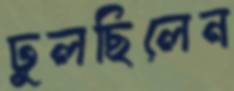
ঢুলছিলেন